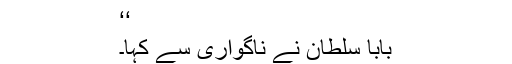
‘‘
بابا سلطان نے ناگواری سے کہا۔